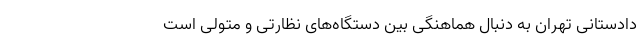
دادستانی تهران به دنبال هماهنگی بین دستگاه‌های نظارتی و متولی است